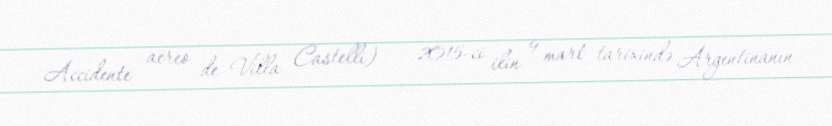
Accidente aéreo de Villa Castelli) — 2015-ci ilin 9 mart tarixində Argentinanın